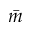
\bar { m }